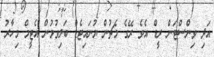
އަދި ވިންސްޓަން ރީޑް އެވެ ރޭގެ މެޗުން ޔުނައިޓެޑް ބަލިވުމުން އެޓީމް މިހާރު